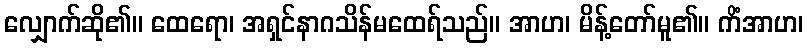
လျှောက်ဆို၏။ ထေရော၊ အရှင်နာဂသိန်မထေရ်သည်။ အာဟ၊ မိန့်တော်မူ၏။ ကိံအာဟ၊